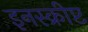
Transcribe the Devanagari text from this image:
इनस्क्रीप्ट